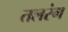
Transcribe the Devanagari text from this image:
तलरंग